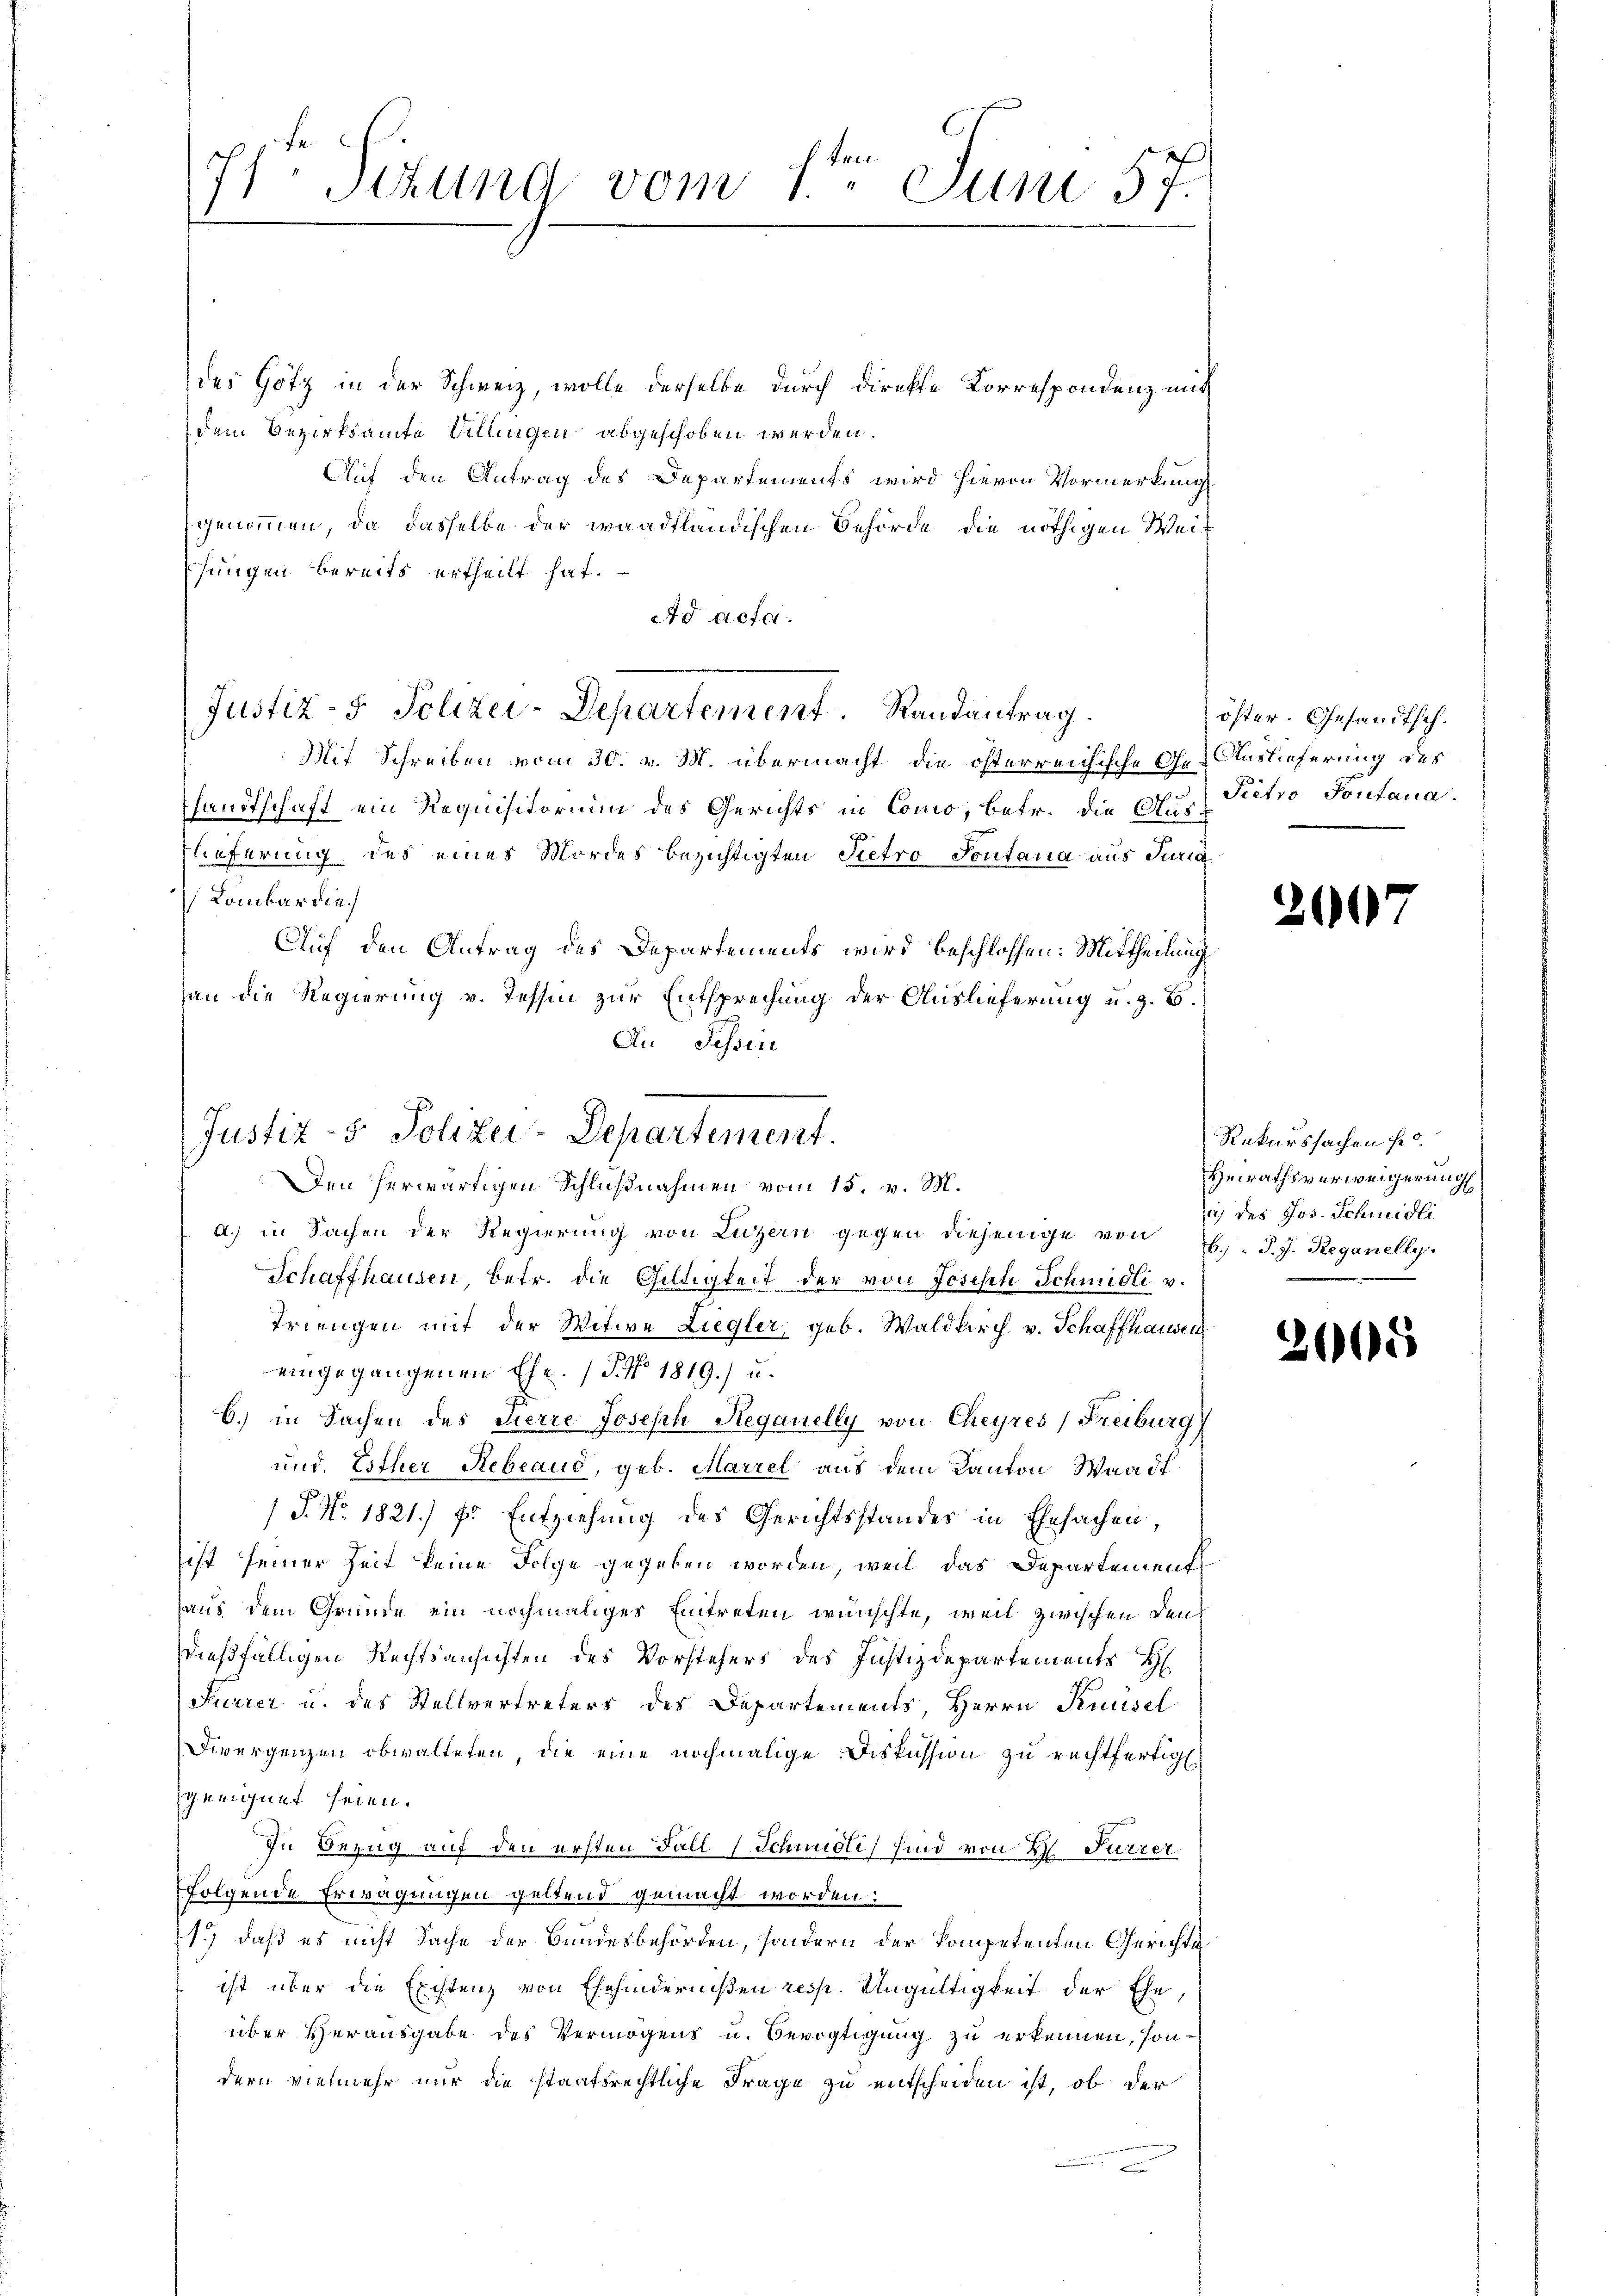
71 Setzung vom 1ten Juni 57.

Justiz- & Polizei-Departement. Randantrag.

Justiz- & Polizei-Departement.
Den herwärtigen Schlußnahmen vom 15. v. M.

des Götz in der Schweiz, wolle derselbe durch direkte Korrespondenz mit
dem Bezirksamte Villingen abgeschoben werden.
Auf den Antrag des Departements wird hievon Vormerkung
genommen, da dasselbe der waadtländischen Behörde die nöthigen Weijungen bereits ertheilt hat.
Ad acta.
Mit Schreiben vom 30. v. M. übermacht die österreichische Ge-Auslieferung des
sandtschaft ein Requisitorium des Gerichts in Como, betr. die Aus-
lieferung des eines Mordes bezichtigten Pietro Pontaria aus Juria
Lombardie
Auf den Antrag des Departements wird beschlossen: Mittheilung
an die Regierung v. Tessin zur Entsprechung der Auslieferung u. z. B.
An Schrie
a.) in Sachen der Regierŭng von Luzern gegen diejenige von B. P. J. Reganelly
Schaffhausen, betr. die Giltigkeit der von Joseph Schmidli v.
Triengen mit der Witwe Liegler, geb. Waldkirch v. Schaffhausen
eingegangenen Ehe. (T. No 1819.) u.
6.) in Sachen des Tierre Joseph Reganelly von Cheyres (Freiburg
und. Esther Rebeaud, geb. Marzel aus dem Kanton Waadt
P. Nr. 1821.) Er Entziehung des Gerichtsstandes in Ehesachen,
ist seiner Zeit keine Folge gegeben worden, weil das Departements
aus dem Grunde ein nochmaliges Eintreten wünschte, weil zwischen den
dießfälligen Rechtsansichten des Vorstehers des Justizdepartements H
Furrer u. des Stellvertreters des Departements, Herrn Runsel
Divergenzen obwalteten, die eine nochmalige Diskussion zu rechtfertigt.
geeignet seien.
In Bezug auf den ersten Fall (Schmidis sind von H. Furrer
folgende Erwägungen geltend gemacht worden:
1.) daß es nicht Sache der Bundesbehörden, sondern der kompetenten Gerichte
ist über die Existenz von Ehehindernißen resp. Ungültigkeit der Ehe
über Herausgabe des Vermögens u. Bevogtigung zu erkennen, sondern vielmehr nur die staatsrechtliche Frage zu entscheiden ist, ob der
c

öster. Gesandtsch.
Pietro Pontana.

21

¬

Rekurssachen fr.
Heirathsverweigerung
ich des Jos. Schmidli
d

2600